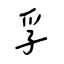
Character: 孚